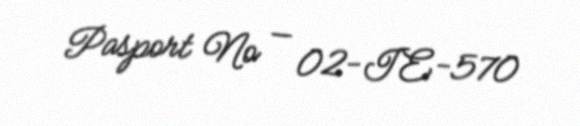
Pasport № — 02-IE-570